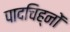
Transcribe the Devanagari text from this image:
पादचिह्नों